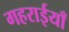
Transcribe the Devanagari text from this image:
गहराईयाँ